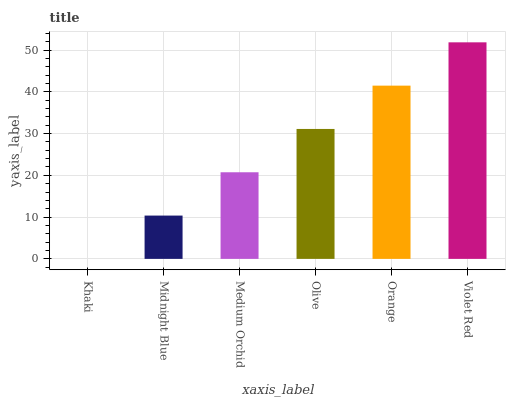
| xaxis_label | bars |
 | --- | --- |
 | Khaki | 0 |
 | Midnight Blue | 10.4 |
 | Medium Orchid | 20.7 |
 | Olive | 31.1 |
 | Orange | 41.5 |
 | Violet Red | 51.8 |